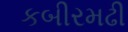
કબીરમઢી